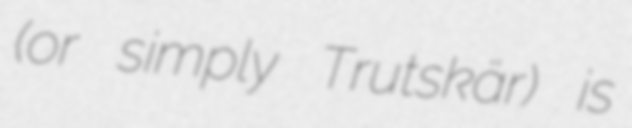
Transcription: (or simply Trutskär) is